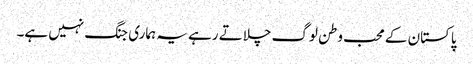
پاکستان کے محب وطن لوگ چلاتے رہے یہ ہماری جنگ نہیں ہے۔